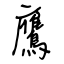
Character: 鷹